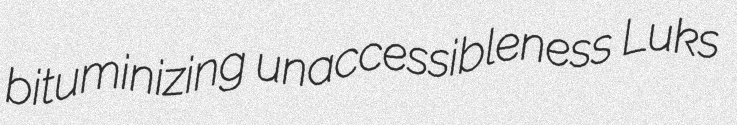
bituminizing unaccessibleness Luks